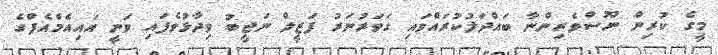
މީގެ ކުރިން ނޫސްވެރިންނާ ބައްދަލުކުރައްވައި ގަވަރުނަރު ފަޒީލް ނަޖީބު ވިދާޅުވެފައި ވަނީ އައިއެމްއެފްގެ